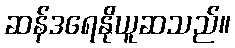
ဆန်ဒရေနိုယူဆသည်။